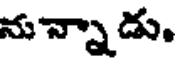
ను న్నాడు.